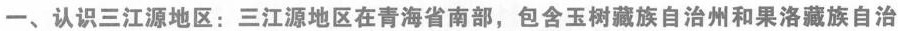
一、认识三江源地区：三江源地区在青海省南部，包含玉树藏族自治州和果洛藏族自治